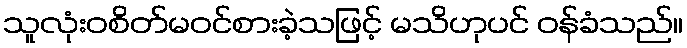
သူလုံးဝစိတ်မဝင်စားခဲ့သဖြင့် မသိဟုပင် ဝန်ခံသည်။